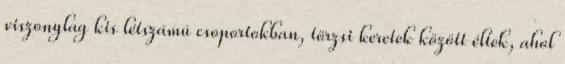
viszonylag kis létszámú csoportokban, törzsi keretek között éltek, ahol